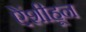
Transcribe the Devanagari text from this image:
ऐंशीहून